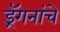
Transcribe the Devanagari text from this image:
ड्रॅगनांचे